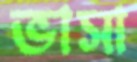
ভাসা